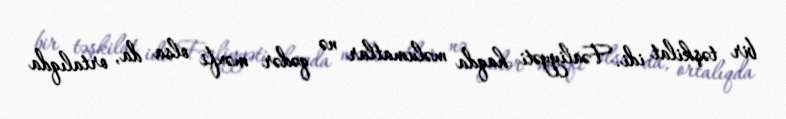
bir təşkilat idi. Fəaliyyəti haqda məlumatlar nə qədər məxfi olsa da, ortalıqda